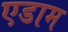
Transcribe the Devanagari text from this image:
एडाम